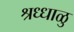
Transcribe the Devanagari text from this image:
श्रध्धाळु